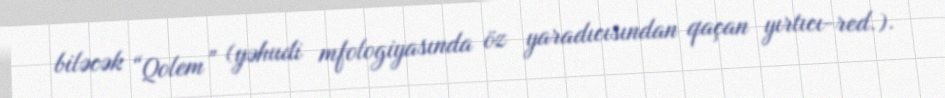
biləcək “Qolem” (yəhudi mfologiyasında öz yaradıcısından qaçan yırtıcı-red.).